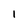
Character: I